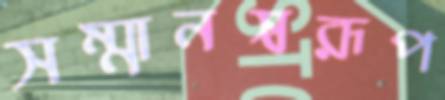
সম্মানস্বরূপ